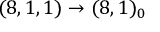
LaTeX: ( 8 , 1 , 1 ) \rightarrow ( 8 , 1 ) _ { 0 }